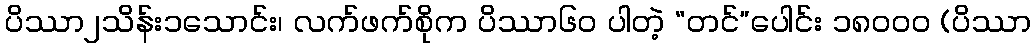
ပိဿာ၂သိန်း၁သောင်း၊ လက်ဖက်စိုက ပိဿာ၆၀ ပါတဲ့ “တင်”ပေါင်း ၁၈၀၀၀ (ပိဿာ